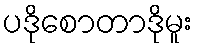
ပဒိုစောတာဒိုမူး